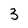
Character: 3